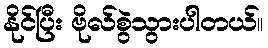
နိုင်ပြီး ဗိုလ်စွဲသွားပါတယ်။